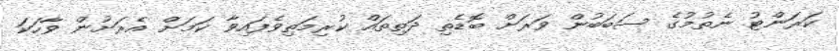
ކަރަންޓު ނެތުމުގެ ސަބަބުން ވަރަށް ބޮޑެތި ދަތިތައް ކުރިމަތިވެފައިވާ ކަމަށް އެރަށުން ވާހަކަ